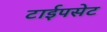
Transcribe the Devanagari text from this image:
टाईपसेट